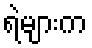
ရဲများက